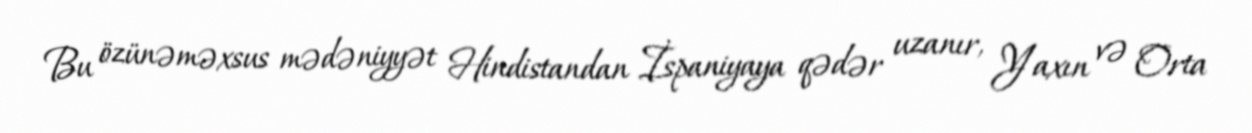
Bu özünəməxsus mədəniyyət Hindistandan İspaniyaya qədər uzanır, Yaxın və Orta